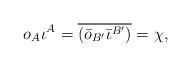
LaTeX: \begin{align*}o_A\iota^A =\overline{(\bar{o}_{B'}\bar{\iota}^{B'})} = \chi ,\end{align*}